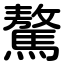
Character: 驁